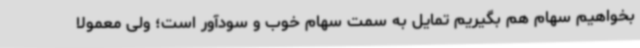
بخواهیم سهام هم بگیریم تمایل به سمت سهام خوب و سودآور است؛ ولی معمولا